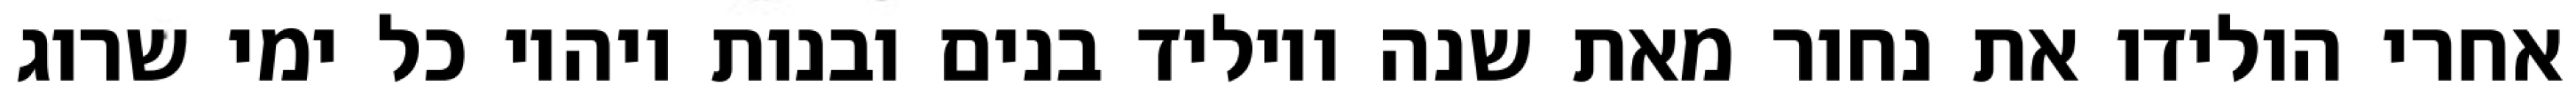
אחרי הולידו את נחור מאת שנה ויוליד בנים ובנות ויהיו כל ימי שרוג